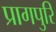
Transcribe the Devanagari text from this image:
प्रागपुरि